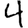
Digit: 4